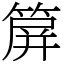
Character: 箳